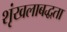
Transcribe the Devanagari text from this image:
शृंखलाबद्धता